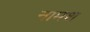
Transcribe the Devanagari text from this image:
नामश